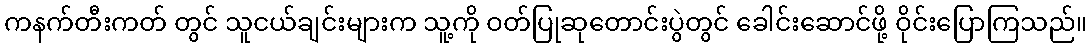
ကနက်တီးကတ် တွင် သူငယ်ချင်းများက သူ့ကို ဝတ်ပြုဆုတောင်းပွဲတွင် ခေါင်းဆောင်ဖို့ ဝိုင်းပြောကြသည်။